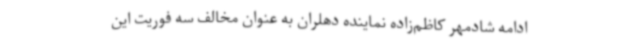
ادامه شادمهر کاظم‌زاده نماینده دهلران به عنوان مخالف سه فوریت این